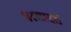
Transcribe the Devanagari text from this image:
परमादर्श